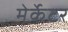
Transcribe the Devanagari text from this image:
मेर्केटर